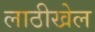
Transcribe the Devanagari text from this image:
लाठीखेल